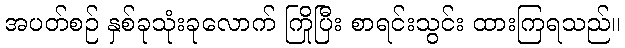
အပတ်စဉ် နှစ်ခုသုံးခုလောက် ကြိုပြီး စာရင်းသွင်း ထားကြရသည်။